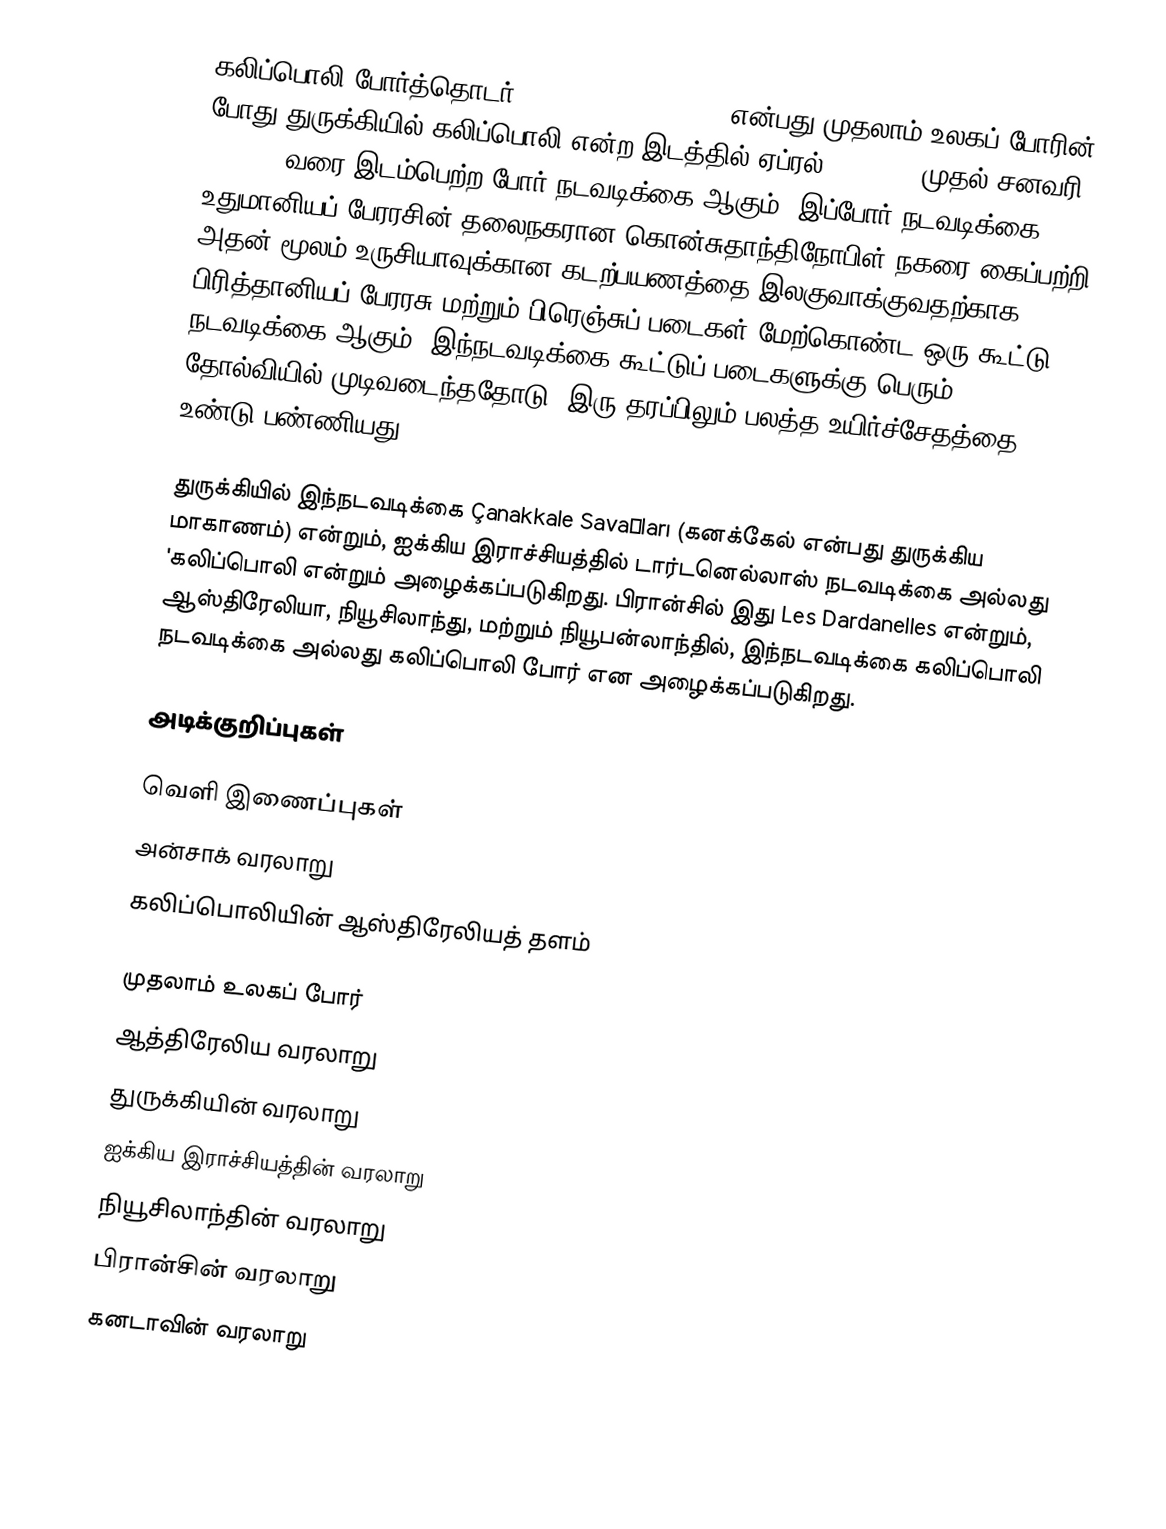
கலிப்பொலி போர்த்தொடர் (Gallipoli Campaign) என்பது முதலாம் உலகப் போரின் போது துருக்கியில் கலிப்பொலி என்ற இடத்தில் ஏப்ரல் 25, 1915 முதல் சனவரி 9, 1916 வரை இடம்பெற்ற போர் நடவடிக்கை ஆகும். இப்போர் நடவடிக்கை உதுமானியப் பேரரசின் தலைநகரான கொன்சுதாந்திநோபிள் நகரை கைப்பற்றி அதன் மூலம் உருசியாவுக்கான கடற்பயணத்தை இலகுவாக்குவதற்காக பிரித்தானியப் பேரரசு மற்றும் பிரெஞ்சுப் படைகள் மேற்கொண்ட ஒரு கூட்டு நடவடிக்கை ஆகும். இந்நடவடிக்கை கூட்டுப் படைகளுக்கு பெரும் தோல்வியில் முடிவடைந்ததோடு, இரு தரப்பிலும் பலத்த உயிர்ச்சேதத்தை உண்டு பண்ணியது.

துருக்கியில் இந்நடவடிக்கை Çanakkale Savaşları (கனக்கேல் என்பது துருக்கிய மாகாணம்) என்றும், ஐக்கிய இராச்சியத்தில் டார்டனெல்லாஸ் நடவடிக்கை அல்லது 'கலிப்பொலி என்றும் அழைக்கப்படுகிறது. பிரான்சில் இது Les Dardanelles என்றும், ஆஸ்திரேலியா, நியூசிலாந்து, மற்றும் நியூபன்லாந்தில், இந்நடவடிக்கை கலிப்பொலி நடவடிக்கை அல்லது கலிப்பொலி போர் என அழைக்கப்படுகிறது.

அடிக்குறிப்புகள்

வெளி இணைப்புகள்
 அன்சாக் வரலாறு
 கலிப்பொலியின் ஆஸ்திரேலியத் தளம்

முதலாம் உலகப் போர்
ஆத்திரேலிய வரலாறு
துருக்கியின் வரலாறு
ஐக்கிய இராச்சியத்தின் வரலாறு
நியூசிலாந்தின் வரலாறு
பிரான்சின் வரலாறு
கனடாவின் வரலாறு